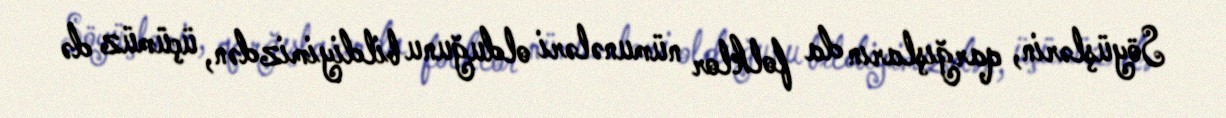
Söyüşlərin, qarğışların da folklor nümunələri olduğunu bildiyimizdən, üçümüz də